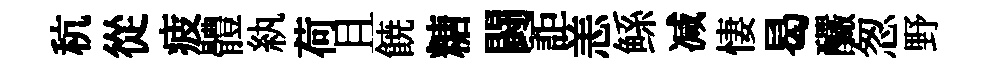
秔從疲體紈荷且𩜙糖闘詎恙鲧减悽曷釅怱野